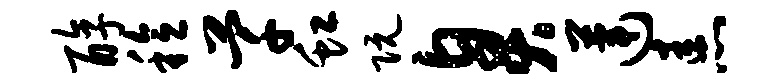
醇稔芊虹阮臭莲恚